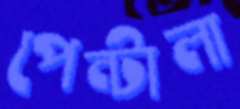
পেন্টালা